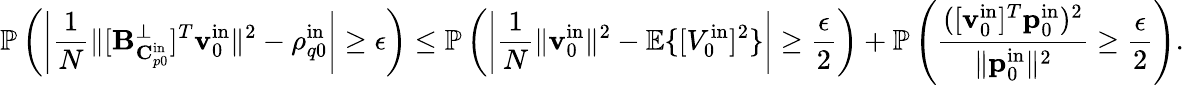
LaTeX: \mathbb{P}\left(\left|\frac{1}{N}\| [\mathbf{B}_{\mathbf{C}_{p0}^{\mathrm{in}}}^{\perp}]^{T}\mathbf{v}_{0}^{\mathrm{in}}\| ^{2}-\rho_{q0}^{\mathrm{in}}\right|\geq\epsilon\right)\leq\mathbb{P}\left(\left|\frac{1}{N}\| \mathbf{v}_{0}^{\mathrm{in}}\| ^{2}-\mathbb{E}\{ [V_{0}^{\mathrm{in}}]^{2}\} \right|\geq\frac{\epsilon}{2}\right)+\mathbb{P}\left(\frac{([\mathbf{v}_{0}^{\mathrm{in}}]^{T}\mathbf{p}_{0}^{\mathrm{in}})^{2}}{\| \mathbf{p}_{0}^{\mathrm{in}}\| ^{2}}\geq\frac{\epsilon}{2}\right).